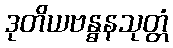
ဒုတိယဗန္ဓနသုတ္တံ